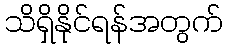
သိရှိနိုင်ရန်အတွက်